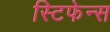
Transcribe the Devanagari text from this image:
स्टिफेन्स